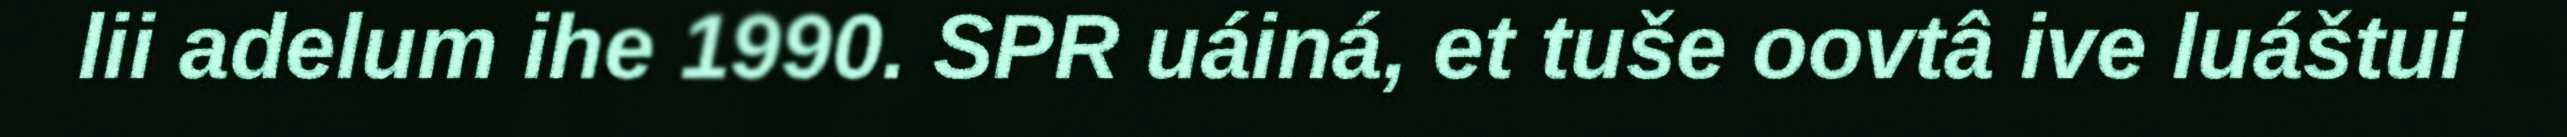
lii adelum ihe 1990. SPR uáiná, et tuše oovtâ ive luáštui